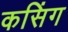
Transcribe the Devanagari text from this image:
कसिंग